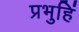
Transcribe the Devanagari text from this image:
प्रभुहिं